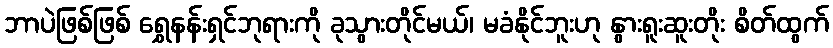
ဘာပဲဖြစ်ဖြစ် ရွှေနန်းရှင်ဘုရားကို ခုသွားတိုင်မယ်၊ မခံနိုင်ဘူးဟု နွားရူးဆူးတိုး စိတ်ထွက်